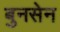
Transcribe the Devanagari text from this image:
बुनसेन